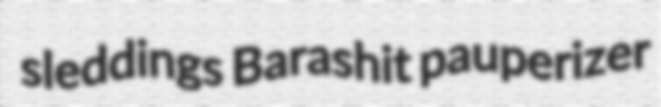
sleddings Barashit pauperizer